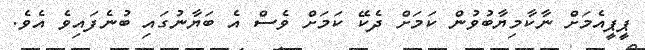
ޕީޕީއެމަށް ނާކާމިޔާބުވުން ކަމަށް ދެކޭ ކަމަށް ވެސް އެ ބަޔާނުގައި ބުނެފައިވެ އެވެ.